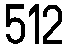
512